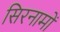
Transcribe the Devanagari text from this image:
सिरनामों